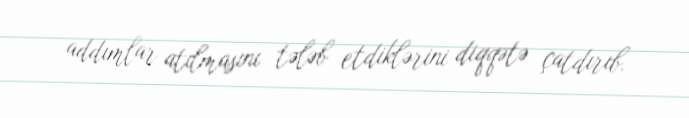
addımlar atılmasını tələb etdiklərini diqqətə çatdırıb.